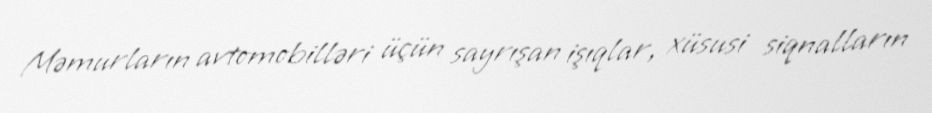
Məmurların avtomobilləri üçün sayrışan işıqlar, xüsusi siqnalların